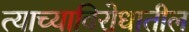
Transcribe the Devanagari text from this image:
त्याच्याविरोधातील